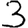
Digit: 3